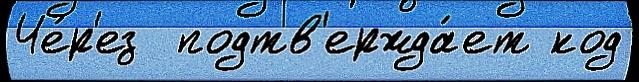
Че́р'ез  подтв'ержда́ет код